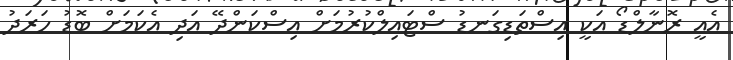
އެއީ ރޮނާލްޑޯ އަކީ އިސްތަޑިގަނޑު ސްޓައިލްކުރުމަށް އިސްކަންދޭ އަދި އެކަމަށް ބޮޑު ހަރަދު